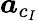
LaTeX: \boldsymbol{a}_{c_{I}}